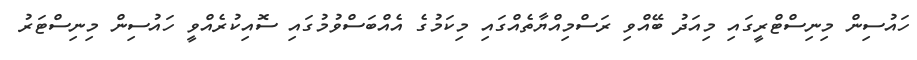
ހައުސިން މިނިސްޓްރީގައި މިއަދު ބޭއްވި ރަސްމިއްޔާތެއްގައި މިކަމުގެ އެއްބަސްވުމުގައި ސޮއިކުރެއްވީ ހައުސިން މިނިސްޓަރު